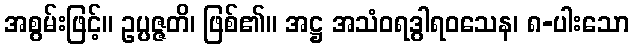
အစွမ်းဖြင့်။ ဥပ္ပဇ္ဇတိ၊ ဖြစ်၏။ အဋ္ဌ အသံဝရဒွါရဝသေန၊ ၈-ပါးသော